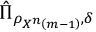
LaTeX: { \hat { \Pi } } _ { \rho _ { X ^ { n } \left( m - 1 \right) } , \delta }